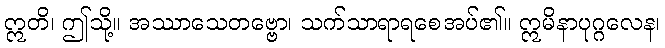
ဣတိ၊ ဤသို့။ အဿာသေတဗ္ဗော၊ သက်သာရာရစေအပ်၏။ ဣမိနာပုဂ္ဂလေန၊